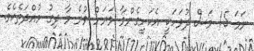
ނަމަ 15 މަސް ދުވަހަކީ އެކަށީގެންވާ ވަަރަށް ވުރެ މާ ދިގު މުއްދަތެކެވެ.